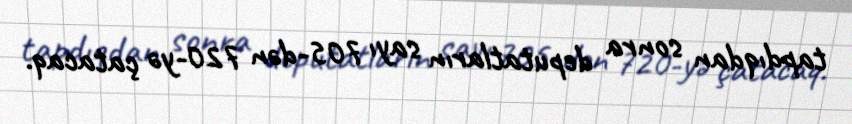
tapdıqdan sonra deputatların sayı 705-dən 720-yə çatacaq.